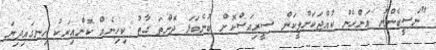
"ނަސީބެންނު އަންހެން ކުއްޖަކަށްވީކަން ސީރިއަސްކޮށް ބުނެބަލަ ދޮންތަ ގާތު ކިހިނެއް ކޮންއިރަކު ހިނގައިދިޔަ